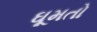
ઘૂમતો